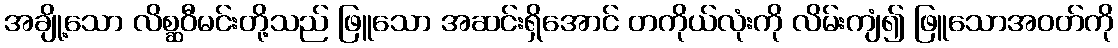
အချို့သော လိစ္ဆဝီမင်းတို့သည် ဖြူသော အဆင်းရှိအောင် တကိုယ်လုံးကို လိမ်းကျံ၍ ဖြူသောအဝတ်ကို